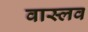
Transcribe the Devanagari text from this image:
वास्लव